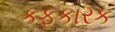
કફકારક